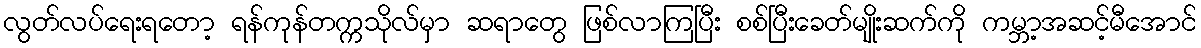
လွတ်လပ်ရေးရတော့ ရန်ကုန်တက္ကသိုလ်မှာ ဆရာတွေ ဖြစ်လာကြပြီး စစ်ပြီးခေတ်မျိုးဆက်ကို ကမ္ဘာ့အဆင့်မီအောင်